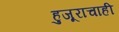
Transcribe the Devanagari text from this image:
हुजूराचाही